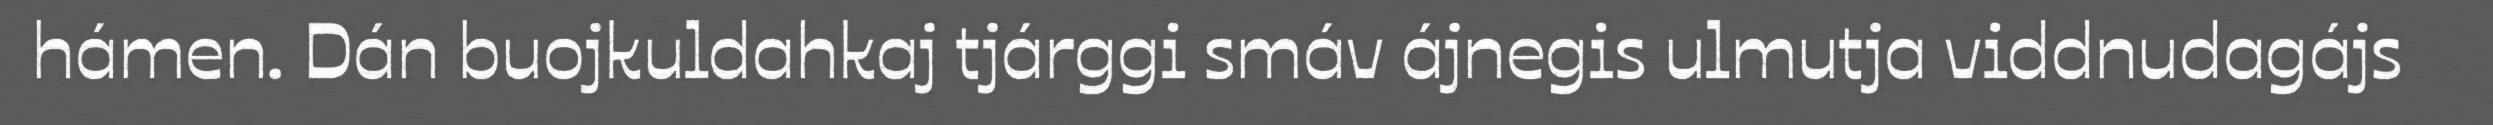
hámen. Dán buojkuldahkaj tjárggi smáv ájnegis ulmutja viddnudagájs